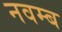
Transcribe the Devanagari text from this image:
नवम्ब